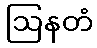
ဩနတံ